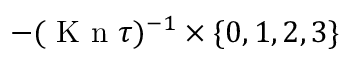
- ( \ensuremath { \mathrm { ~ K ~ n ~ } } \tau ) ^ { - 1 } \times \{ 0 , 1 , 2 , 3 \}